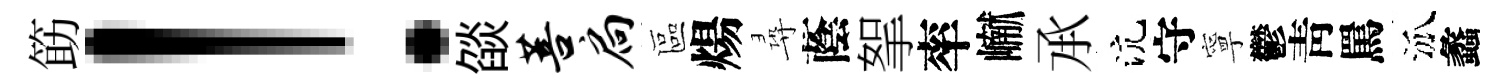
筯！燄菩扃區煬尋蔭挐率𪩘𠄘沆守寧鬱靑罵泒蠡